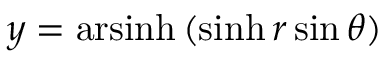
y = \operatorname { a r s i n h } \, ( \sinh r \sin \theta )